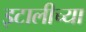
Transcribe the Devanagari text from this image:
इटालीच्या